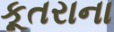
કૂતરાના